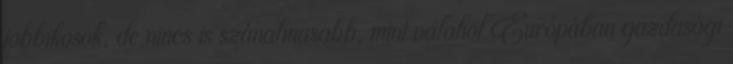
jobbikosok, de nincs is szánalmasabb, mint valahol Európában gazdasági